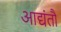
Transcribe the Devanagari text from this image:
आद्यंतौ